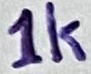
Text: 1K